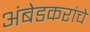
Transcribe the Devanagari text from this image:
अंबेडकरांचे